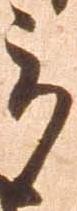
被